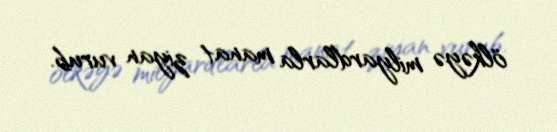
ölkəyə milyardlarla manat ziyan vurub.